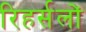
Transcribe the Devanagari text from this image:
रिहर्सलों